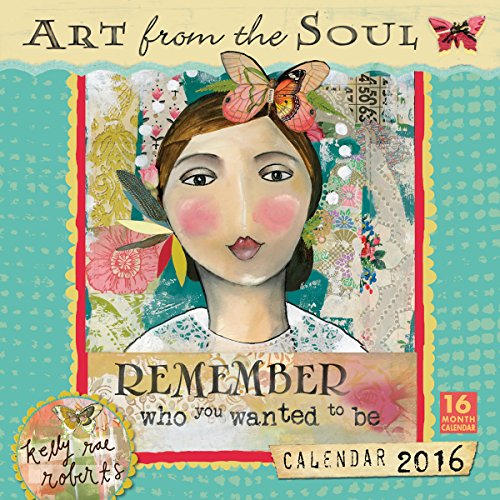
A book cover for Art from the Soul 2016 Wall Calendar; Kelly Rae Roberts; Calendars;